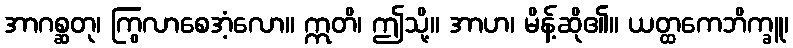
အာဂစ္ဆတု၊ ကြွလာစေအံ့လော။ ဣတိ၊ ဤသို့။ အာဟ၊ မိန့်ဆို၏။ ယတ္ထကေဘိက္ခူ၊